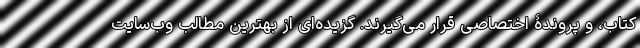
کتاب، و پروندۀ اختصاصی قرار می‌گیرند. گزیده‌ای از بهترین مطالب وب‌سایت